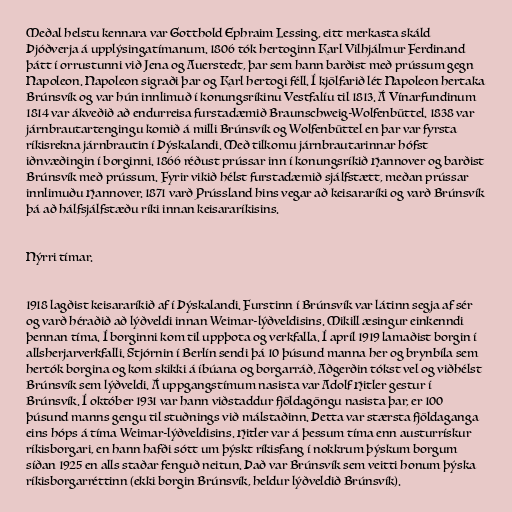
Meðal helstu kennara var Gotthold Ephraim Lessing, eitt merkasta skáld
Þjóðverja á upplýsingatímanum. 1806 tók hertoginn Karl Vilhjálmur Ferdinand
þátt í orrustunni við Jena og Auerstedt, þar sem hann barðist með prússum gegn
Napoleon. Napoleon sigraði þar og Karl hertogi féll. Í kjölfarið lét Napoleon hertaka
Brúnsvík og var hún innlimuð í konungsríkinu Vestfalíu til 1813. Á Vínarfundinum
1814 var ákveðið að endurreisa furstadæmið Braunschweig-Wolfenbüttel. 1838 var
járnbrautartengingu komið á milli Brúnsvík og Wolfenbüttel en þar var fyrsta
ríkisrekna járnbrautin í Þýskalandi. Með tilkomu járnbrautarinnar hófst
iðnvæðingin í borginni. 1866 réðust prússar inn í konungsríkið Hannover og barðist
Brúnsvík með prússum. Fyrir vikið hélst furstadæmið sjálfstætt, meðan prússar
innlimuðu Hannover. 1871 varð Prússland hins vegar að keisararíki og varð Brúnsvík
þá að hálfsjálfstæðu ríki innan keisararíkisins.

Nýrri tímar.

1918 lagðist keisararíkið af í Þýskalandi. Furstinn í Brúnsvík var látinn segja af sér
og varð héraðið að lýðveldi innan Weimar-lýðveldisins. Mikill æsingur einkenndi
þennan tíma. Í borginni kom til uppþota og verkfalla. Í apríl 1919 lamaðist borgin í
allsherjarverkfalli. Stjórnin í Berlín sendi þá 10 þúsund manna her og brynbíla sem
hertók borgina og kom skikki á íbúana og borgarráð. Aðgerðin tókst vel og viðhélst
Brúnsvík sem lýðveldi. Á uppgangstímum nasista var Adolf Hitler gestur í
Brúnsvík. Í október 1931 var hann viðstaddur fjöldagöngu nasista þar, er 100
þúsund manns gengu til stuðnings við málstaðinn. Þetta var stærsta fjöldaganga
eins hóps á tíma Weimar-lýðveldisins. Hitler var á þessum tíma enn austurrískur
ríkisborgari, en hann hafði sótt um þýskt ríkisfang í nokkrum þýskum borgum
síðan 1925 en alls staðar fenguð neitun. Það var Brúnsvík sem veitti honum þýska
ríkisborgarréttinn (ekki borgin Brúnsvík, heldur lýðveldið Brúnsvík).